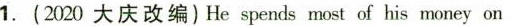
1. (2020大庆改编) He spends most of his money on